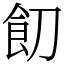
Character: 䬢